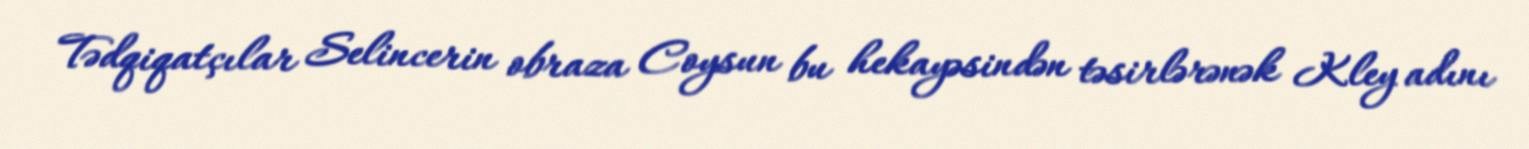
Tədqiqatçılar Selincerin obraza Coysun bu hekayəsindən təsirlərənək Kley adını